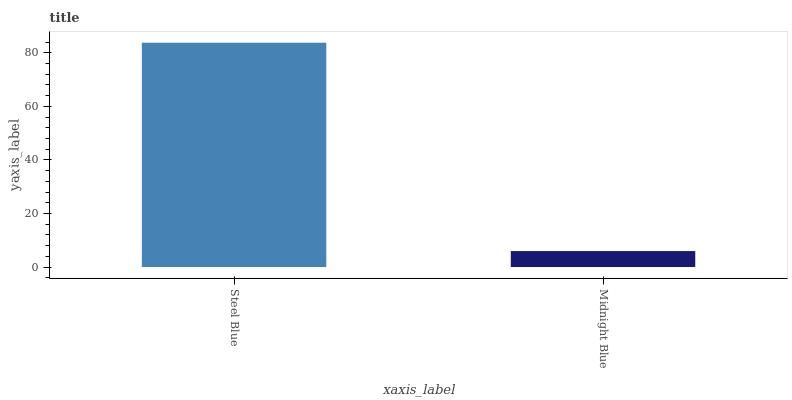
| xaxis_label | bars |
 | --- | --- |
 | Steel Blue | 83.8 |
 | Midnight Blue | 5.96 |